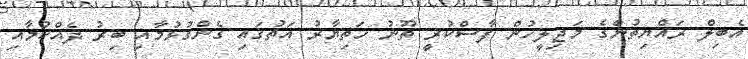
އެބިލް ރައްޔިތުންގެ މަޖިލީހުން ފާސްކުރީ ތޫނު ހަތިޔާރު އަތުގައި ގެންގުޅުމާއި ބިރު ދެއްކުމާއި